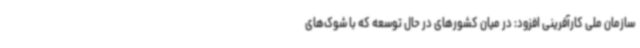
سازمان ملی کارآفرینی افزود: در میان کشورهای در حال توسعه که با شوک‌های